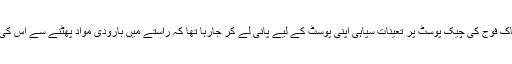
مہمند ایجنسی میں قائم پاک فوج کی چیک پوسٹ پر تعینات سپاہی اپنی پوسٹ کے لیے پانی لے کر جارہا تھا کہ راستے میں بارودی مواد پھٹنے سے اس کی زد میں آکر شہید ہوگیا۔